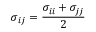
\sigma _ { i j } = \frac { \sigma _ { i i } + \sigma _ { j j } } { 2 }